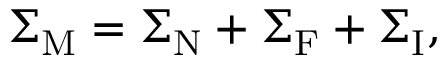
\boldsymbol { \Sigma } _ { \mathrm { M } } = \boldsymbol { \Sigma } _ { \mathrm { N } } + \boldsymbol { \Sigma } _ { \mathrm { F } } + \boldsymbol { \Sigma } _ { \mathrm { I } } ,